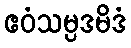
ဧဝံသမ္ပဒမိဒံ